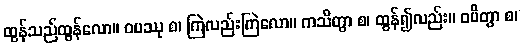
ထွန်သည်ထွန်လော။ ဝပဿု စ၊ ကြဲလည်းကြဲလော။ ကသိတွာ စ၊ ထွန်၍လည်း။ ဝပိတွာ စ၊